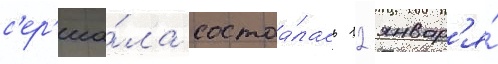
с'ер'иа́ла состоа́лась 12 январ'я́